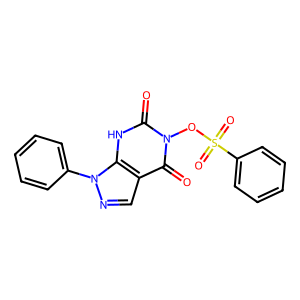
SMILES: O=c1[nH]c2c(cnn2-c2ccccc2)c(=O)n1OS(=O)(=O)c1ccccc1
Inhibits HIV replication: No